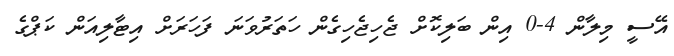
އޭސީ މިލާން 4-0 އިން ބަލިކޮށް ޖެހިޖެހިގެން ހަތަރުވަނަ ފަހަރަށް އިޓާލިއަން ކަޕްގެ